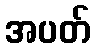
အပတ်